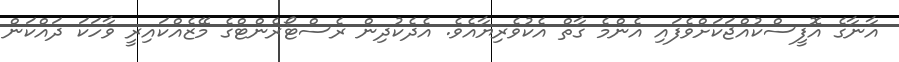
އާނާގެ އޮފީސްކުއްޖަކަށްވެފައި އެންމެ ގާތް އެކުވެރިޔާއެވެ. އެދެކުދިން ރެސްޓޯރެންޓްގެ މޭޒެއްކައިރީ ވާހަކަ ދައްކަން